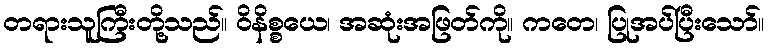
တရားသူကြီးတို့သည်။ ဝိနိစ္စယေ၊ အဆုံးအဖြတ်ကို။ ကတေ၊ ပြုအပ်ပြီးသော်။